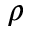
\rho